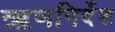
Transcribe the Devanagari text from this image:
ऋणनिर्देश